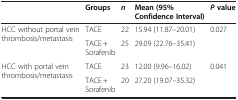
<table><thead><tr><td><b> </b></td><td><b>Groups</b></td><td><b><i>n</i></b></td><td><b>Mean (95% Confidence Interval)</b></td><td><b><i>P</i>value</b></td></tr></thead><tbody><tr><td rowspan="2">HCC without portal vein thrombosis/metastasis</td><td>TACE</td><td>22</td><td>15.94 (11.87–20.01)</td><td rowspan="2">0.027</td></tr><tr><td>TACE + Sorafenib</td><td>25</td><td>29.09 (22.76–35.41)</td></tr><tr><td>HCC with portal vein thrombosis/metastasis</td><td>TACE</td><td>23</td><td>12.00 (9.96–16.02)</td><td>0.041</td></tr><tr><td> </td><td>TACE + Sorafenib</td><td>20</td><td>27.20 (19.07–35.32)</td><td> </td></tr></tbody></table>